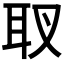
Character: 𦔹